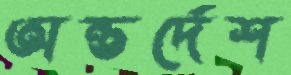
অন্তর্দেশ